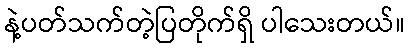
နဲ့ပတ်သက်တဲ့ပြတိုက်ရှိ ပါသေးတယ်။